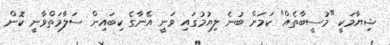
ޝިޔާމަކީ "މުސީބާތެއް" ކަމަށް ބުނެ ލިޔުމުގައި ވަނީ އޭނާގެ ކިބައިން ސަލާމަތްވާނީ ކޮން